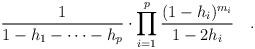
LaTeX: \begin{align*}\frac 1{1-h_1-\cdots -h_p}\cdot \prod_{i=1}^p \frac{(1-h_i)^{m_i}}{1-2h_i}\quad.\end{align*}